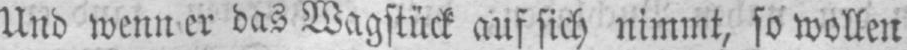
Und wenn er das Wagstück auf sich nimmt, so wollen